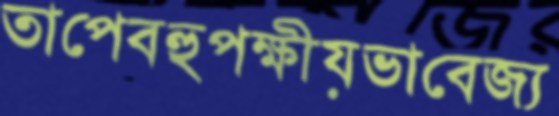
তাপেবহুপক্ষীয়ভাবেজ্য